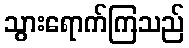
သွားရောက်ကြသည်